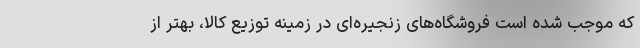
که موجب شده است فروشگاه‌های زنجیره‌ای در زمینه توزیع کالا، بهتر از